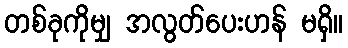
တစ်ခုကိုမျှ အလွတ်ပေးဟန် မရှိ။